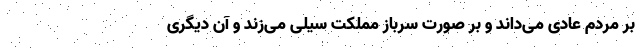
بر مردم عادی می‌داند و بر صورت سرباز مملکت سیلی می‌زند و آن دیگری